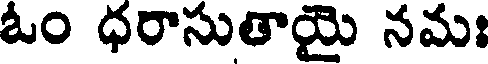
ఓం ధరాసుతాయై నమః